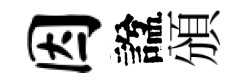
因諡頒